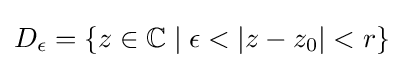
D_{\epsilon }=\{z\in \mathbb {C} \mid \epsilon <|z-z_{0}|<r\}